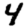
Digit: 4